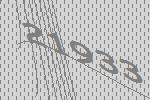
21933